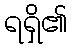
ရရှိ၏